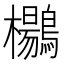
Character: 𱈾